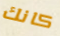
كانك